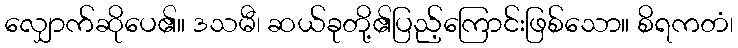
လျှောက်ဆိုပေ၏။ ဒသမီ၊ ဆယ်ခုတို့၏ပြည့်ကြောင်းဖြစ်သော။ စိရကတံ၊